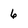
Character: 6